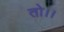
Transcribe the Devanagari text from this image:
तो।।